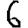
Digit: 6